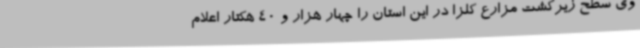
وی سطح زیرکشت مزارع کلزا در این استان را چهار هزار و 40 هکتار اعلام